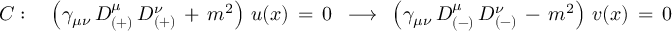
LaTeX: C : \quad \left( \gamma _ { \mu \nu } \, D _ { ( + ) } ^ { \mu } \, D _ { ( + ) } ^ { \nu } \, + \, m ^ { 2 } \right) \, u ( x ) \, = \, 0 \, \, \, \longrightarrow \, \, \, \left( \gamma _ { \mu \nu } \, D _ { ( - ) } ^ { \mu } \, D _ { ( - ) } ^ { \nu } \, - \, m ^ { 2 } \right) \, v ( x ) \, = \, 0 \quad ,